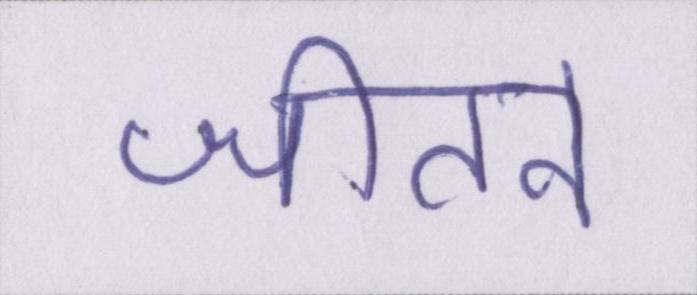
जीतने